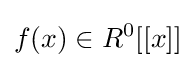
f(x)\in R^{0}[[x]]